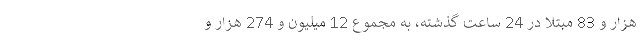
هزار و 83 مبتلا در 24 ساعت گذشته، به مجموع 12 میلیون و 274 هزار و